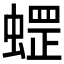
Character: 𱿽